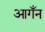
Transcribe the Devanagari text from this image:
आगँन